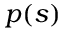
p ( s )